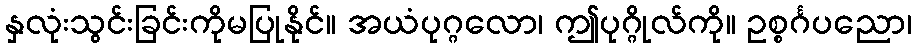
နှလုံးသွင်းခြင်းကိုမပြုနိုင်။ အယံပုဂ္ဂလော၊ ဤပုဂ္ဂိုလ်ကို။ ဥစ္စင်္ဂပညော၊